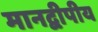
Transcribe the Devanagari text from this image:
मानद्वीपीय